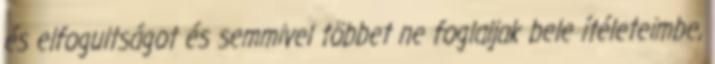
és elfogultságot és semmivel többet ne foglaljak bele ítéleteimbe,